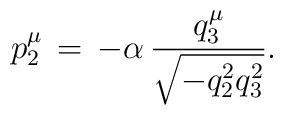
p_2^\mu \,=\,-\alpha \,\frac{q_3^\mu }{\sqrt{-q_2^2q_3^2}}.